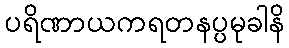
ပရိဏာယကရတနပ္ပမုခါနိ